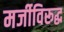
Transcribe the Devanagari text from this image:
मर्जीविरूद्ध